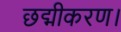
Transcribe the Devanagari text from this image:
छद्मीकरण।